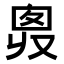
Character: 𠭛